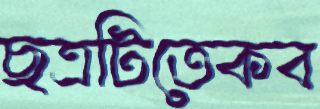
ছত্রটিতেকব